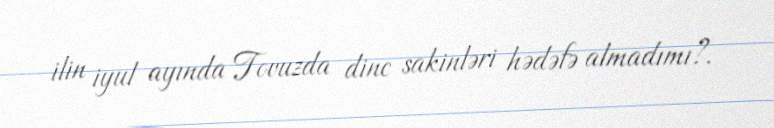
ilin iyul ayında Tovuzda dinc sakinləri hədəfə almadımı?.